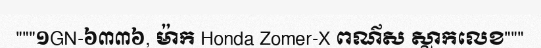
"""១GN-៦៣៣៦, ម៉ាក Honda Zomer-X ពណ៌ស ស្លាកលេខ"""